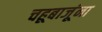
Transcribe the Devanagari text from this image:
चहूबाजूंना